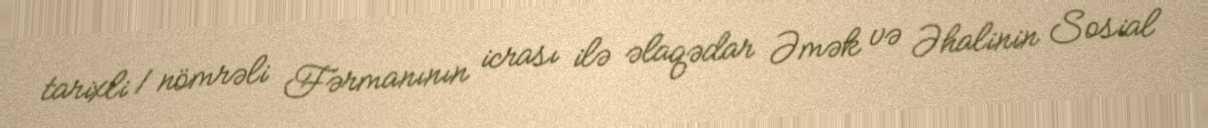
tarixli 1 nömrəli Fərmanının icrası ilə əlaqədar Əmək və Əhalinin Sosial